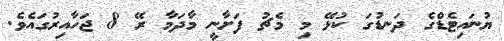
ޔުނައިޓެޑްގެ ދަނޑުގަ ކުޅޭ މި މެޗު ފަށާނީ މާދަމާ ރޭ 8 ޖަހާއިރުގައެވެ.